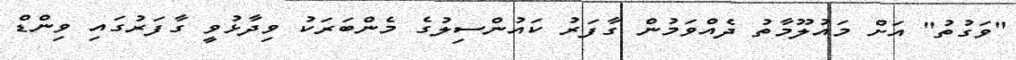
"ވަގުތު" އަށް މައުލޫމާތު ދެއްވަމުން ގާފަރު ކައުންސިލުގެ މެންބަރަކު ވިދާޅުވީ ގާފަރުގައި ވިންޑް